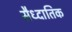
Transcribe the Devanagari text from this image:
सैध्दातिक